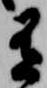
有